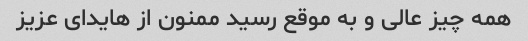
همه چیز عالی و به موقع رسید ممنون از هایدای عزیز